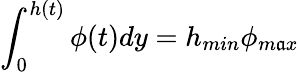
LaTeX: \int_{0}^{h(t)}\phi(t)dy=h_{min}\phi_{m\mathfrak{a}x}